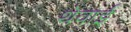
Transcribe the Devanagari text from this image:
थेवाई